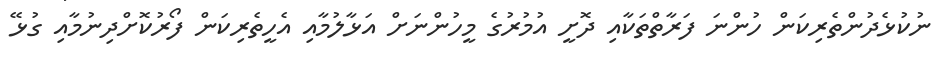
ނުކުޅެދުންތެރިކަން ހުންނަ ފަރާތްތަކާއި ދޮށީ އުމުރުގެ މީހުންނަށް އަޅާލުމާއި އެހީތެރިކަން ފޯރުކޮށްދިނުމާއި ގުޅޭ